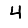
Digit: 4